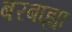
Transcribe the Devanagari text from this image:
बरबाह्या